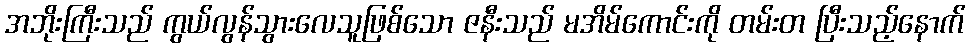
အဘိုးကြီးသည် ကွယ်လွန်သွားလေသူဖြစ်သော ဇနီးသည် မအိမ်ကောင်းကို တမ်းတ ပြီးသည့်နောက်